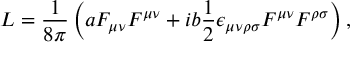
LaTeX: L = \frac { 1 } { 8 \pi } \left( a F _ { \mu \nu } F ^ { \mu \nu } + i b \frac { 1 } { 2 } \epsilon _ { \mu \nu \rho \sigma } F ^ { \mu \nu } F ^ { \rho \sigma } \right) ,